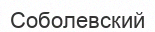
Соболевский